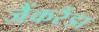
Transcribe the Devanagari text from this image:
जैंकरैंडा